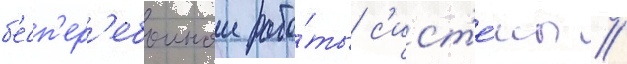
б'есп'ер'ебоинои рабо́ты с'ист'е́мы //